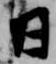
日